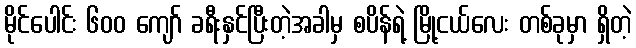
မိုင်ပေါင်း ၆၀၀ ကျော် ခရီးနှင်ပြီးတဲ့အခါမှ စပိန်ရဲ့ မြို့ငယ်လေး တစ်ခုမှာ ရှိတဲ့